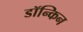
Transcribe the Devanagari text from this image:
डॉन्किन